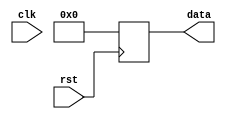
module synchronous_reset (
    input wire clk,
    input wire rst,
    output reg [7:0] data
);

always @(posedge rst) begin
    if (rst) begin
        data <= 8'b00000000; // Reset data to 0 when reset signal is high
    end else begin
        // Define the desired behavior when reset signal is low
        // For example, you can do data <= some_value; 
    end
end

endmodule